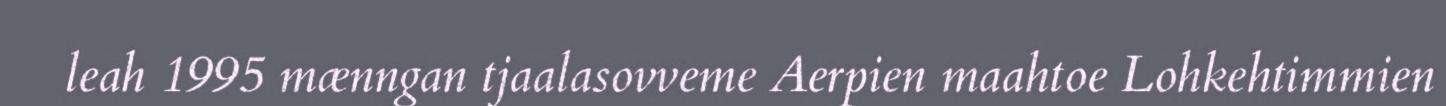
leah 1995 mænngan tjaalasovveme Aerpien maahtoe Lohkehtimmien